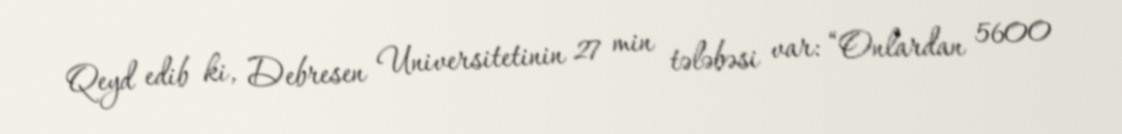
Qeyd edib ki, Debresen Universitetinin 27 min tələbəsi var: “Onlardan 5600